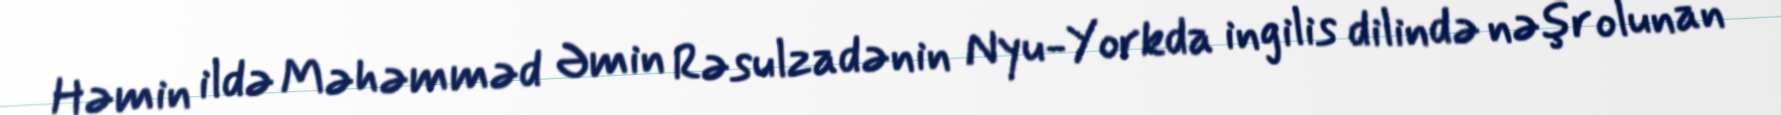
Həmin ildə Məhəmməd Əmin Rəsulzadənin Nyu-Yorkda ingilis dilində nəşr olunan